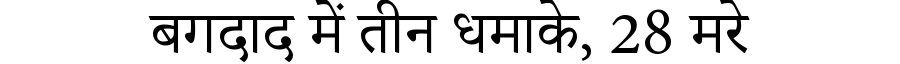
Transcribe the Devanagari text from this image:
बगदाद में तीन धमाके, 28 मरे